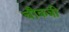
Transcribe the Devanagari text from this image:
चौकन्नी